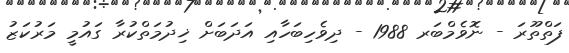
ފަތްތޫރަ - ނޮވެމްބަރ 1988 - ދިވެހިބަހާއި އަދަބަށް ޚިދުމަތްކުރާ ގައުމީ މަރުކަޒު